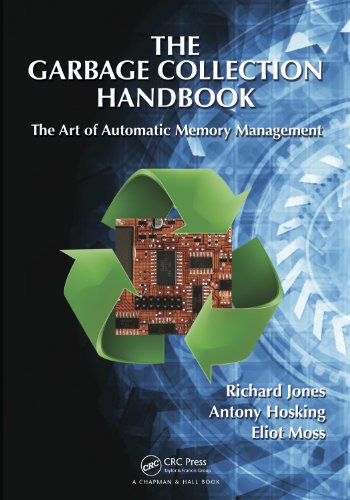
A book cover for The Garbage Collection Handbook: The Art of Automatic Memory Management (Chapman & Hall/CRC Applied Algorithms and Data Structures series); Richard Jones; Computers & Technology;